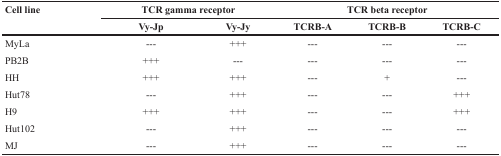
<table><thead><tr><td><b>Cell line</b></td><td colspan="2"><b>TCR gamma receptor</b></td><td colspan="3"><b>TCR beta receptor</b></td></tr><tr><td></td><td><b>Vy-Jp</b></td><td><b>Vy-Jy</b></td><td><b>TCRB-A</b></td><td><b>TCRB-B</b></td><td><b>TCRB-C</b></td></tr></thead><tbody><tr><td>MyLa</td><td>---</td><td>+++</td><td>---</td><td>---</td><td>---</td></tr><tr><td>PB2B</td><td>+++</td><td>---</td><td>---</td><td>---</td><td>---</td></tr><tr><td>HH</td><td>+++</td><td>+++</td><td>---</td><td>+</td><td>---</td></tr><tr><td>Hut78</td><td>---</td><td>+++</td><td>---</td><td>---</td><td>+++</td></tr><tr><td>H9</td><td>+++</td><td>+++</td><td>---</td><td>---</td><td>+++</td></tr><tr><td>Hut102</td><td>---</td><td>+++</td><td>---</td><td>---</td><td>---</td></tr><tr><td>MJ</td><td>---</td><td>+++</td><td>---</td><td>---</td><td>---</td></tr></tbody></table>